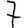
Digit: 7